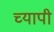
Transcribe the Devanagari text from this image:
च्यापी